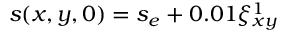
s ( x , y , 0 ) = s _ { e } + 0 . 0 1 \xi _ { x y } ^ { 1 }